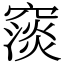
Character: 䆱